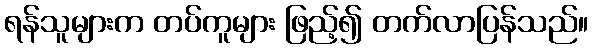
ရန်သူများက တပ်ကူများ ဖြည့်၍ တက်လာပြန်သည်။